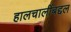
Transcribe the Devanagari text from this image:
हालचालींबद्दल